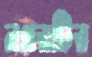
নগরটির